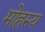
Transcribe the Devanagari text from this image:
मोहस्य